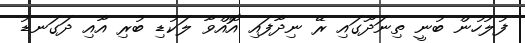
ފުލުހުން ބުނީ ތިނަދޫގައި ރޭ ނިދާފައި އޮއްވާ ލަކުޑި ބުރި އާއި ދަގަނޑު